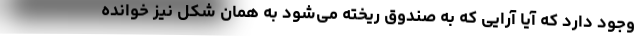
وجود دارد که آیا آرایی که به صندوق ریخته می‌شود به همان شکل نیز خوانده